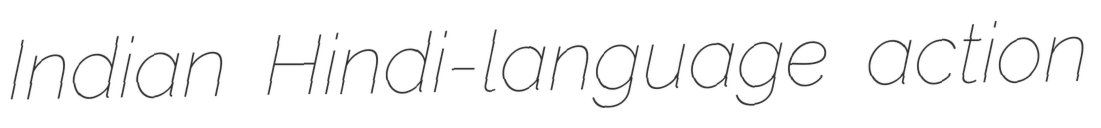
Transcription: Indian Hindi-language action